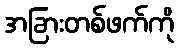
အခြားတစ်ဖက်ကို